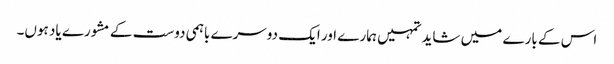
اس کے بارے میں شاید تمہیں ہمارے اور ایک دوسرے باہمی دوست کے مشورے یاد ہوں۔